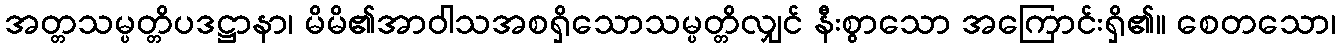
အတ္တသမ္ပတ္တိပဒဋ္ဌာနာ၊ မိမိ၏အာဝါသအစရှိသောသမ္ပတ္တိလျှင် နီးစွာသော အကြောင်းရှိ၏။ စေတသော၊